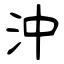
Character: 沖